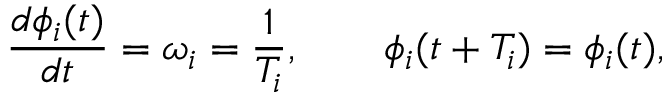
\frac { d \phi _ { i } ( t ) } { d t } = { \omega _ { i } } = \frac { 1 } { T _ { i } } , \qquad \phi _ { i } ( t + T _ { i } ) = \phi _ { i } ( t ) ,